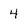
Character: 4